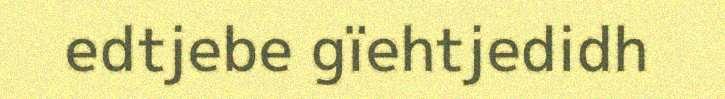
edtjebe gïehtjedidh